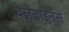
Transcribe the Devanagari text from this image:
वेलेंटाइनंस